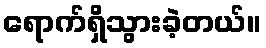
ရောက်ရှိသွားခဲ့တယ်။